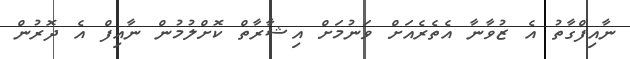
ނާއިފްގާތު އެ ޒުވާނާ އެތެރެއަށް ވަނުމަށް އިޝާރާތް ކޮށްލުމުން ނާއިފް އެ ދޮރުން